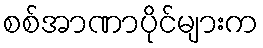
စစ်အာဏာပိုင်များက